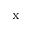
_ \mathrm { x }